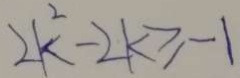
2 k ^ { 2 } - 2 k \geqslant - 1